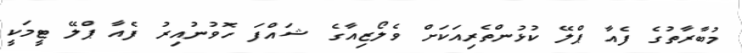
މުބާރާތުގެ ފެއާ ޕްލޭ ކުޅުންތެރިއަކަށް ވެލޯޒިއާގެ ޝައްފަ ހޮވުނުއިރު ފެއާ ޕްލޭ ޓީމަކީ